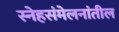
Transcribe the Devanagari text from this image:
स्नेहसंमेलनांतील